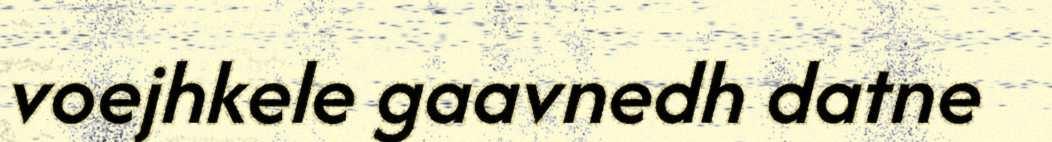
voejhkele gaavnedh datne